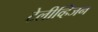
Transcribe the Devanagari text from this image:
टेलीव्हिजन